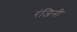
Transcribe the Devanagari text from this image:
रंजिनी